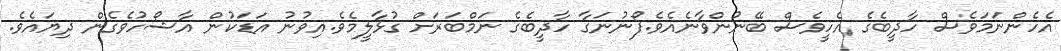
އެހެންނަމަވެސް ހާދީބެގެ އެހީވެސް ބޭނުންވާނެއެވެ.ފޯނުނަގާ ހާދީބެގެ ނަމްބަރަށް ގުޅާލީމެވެ.އިވުނު އަޑަކުން އާޝޯހުވެގެން ދިޔައެވެ.